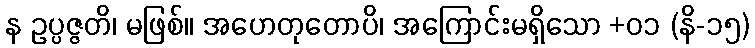
န ဥပ္ပဇ္ဇတိ၊ မဖြစ်။ အဟေတုတောပိ၊ အကြောင်းမရှိသော +၀၁ (နိ-၁၅)